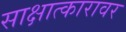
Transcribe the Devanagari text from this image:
साक्षात्कारावर